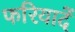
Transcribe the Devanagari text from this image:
फरियादें